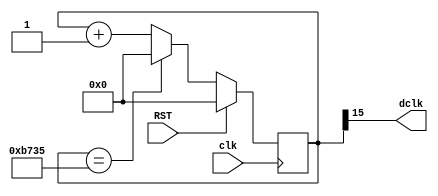
module display_clk(
		clk,
		RST,
		dclk
);
			input            clk;
			input            RST;
			output           dclk;
			parameter [15:0] CNTENDVAL = 16'b1011011100110101;
			reg [15:0]       cntval;
			always @(posedge clk)
				begin
					if (RST == 1'b1)
						cntval <= {16{1'b0}};
					else
						if (cntval == CNTENDVAL)
							cntval <= {16{1'b0}};
						else
							cntval <= cntval + 1'b1;
				end
			assign dclk = cntval[15];
endmodule